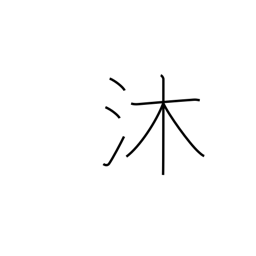
Meaning: wash